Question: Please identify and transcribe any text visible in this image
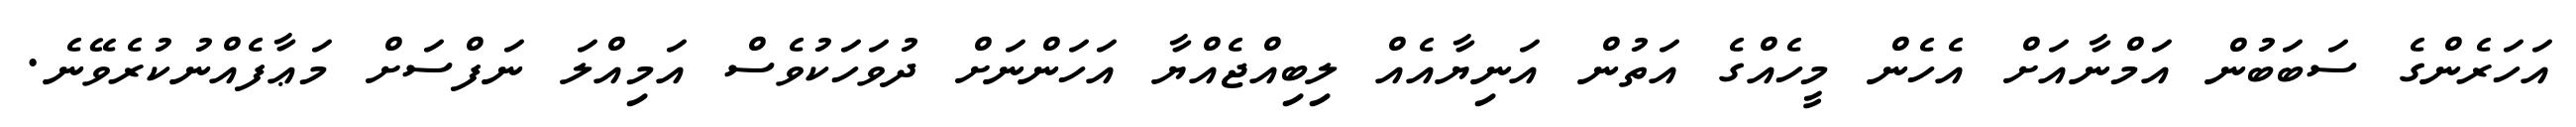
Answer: އަހަރެންގެ ސަބަބުން އަމްނާއަށް އެހެން މީހެއްގެ އަތުން އަނިޔާއެއް ލިބިއްޖެއްޔާ އަހަންނަށް ދުވަހަކުވެސް އަމިއްލަ ނަފްސަށް މަޢާފެއްނުކުރެވޭނެ.